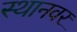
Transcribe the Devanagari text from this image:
स्थानवर